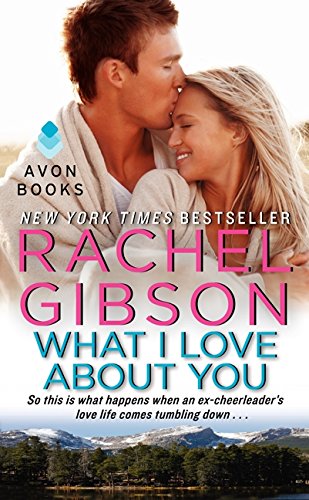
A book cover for What I Love About You (Military Men); Rachel Gibson; Literature & Fiction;